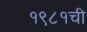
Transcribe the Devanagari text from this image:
१९८१ची